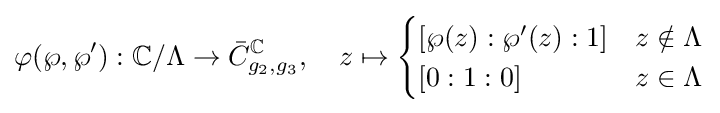
\varphi (\wp ,\wp '):\mathbb {C} /\Lambda \to {\bar {C}}_{g_{2},g_{3}}^{\mathbb {C} },\quad z\mapsto {\begin{cases}\left[\wp (z):\wp '(z):1\right]&z\notin \Lambda \\\left[0:1:0\right]\quad &z\in \Lambda \end{cases}}